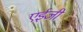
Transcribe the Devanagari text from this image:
एईजी